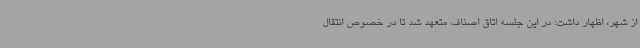
از شهر، اظهار داشت: در این جلسه اتاق اصناف متعهد شد تا در خصوص انتقال